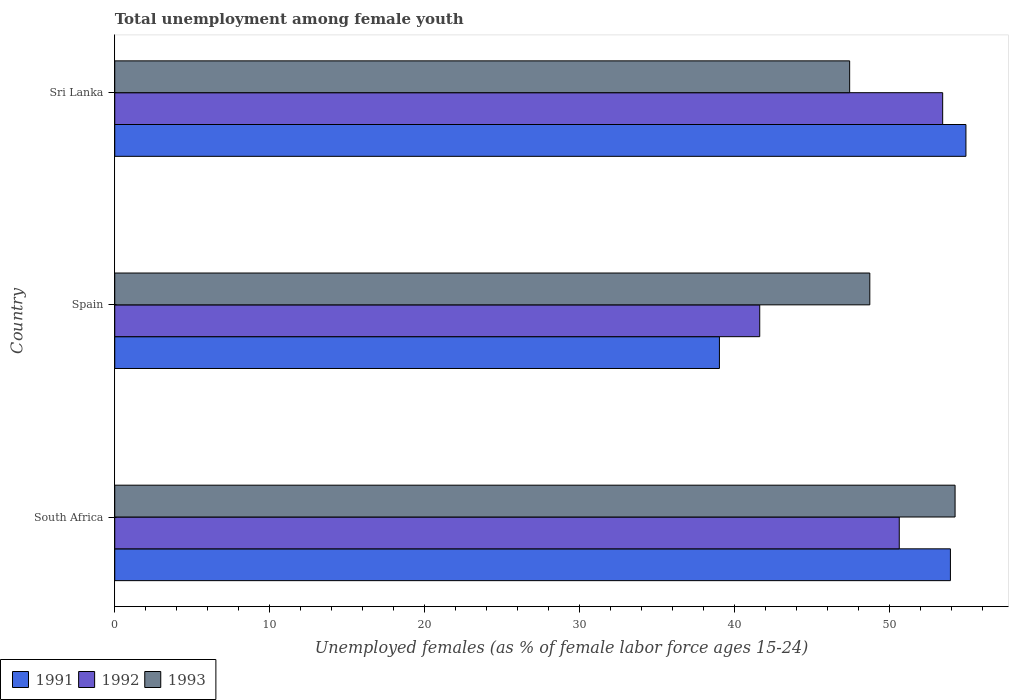
| Country | 1991 | 1992 | 1993 |
 | --- | --- | --- | --- |
 | South Africa | 53.9 | 50.6 | 54.2 |
 | Spain | 39 | 41.6 | 48.7 |
 | Sri Lanka | 54.9 | 53.4 | 47.4 |